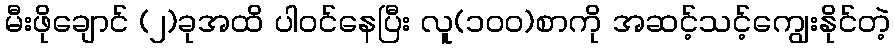
မီးဖိုချောင် (၂)ခုအထိ ပါဝင်နေပြီး လူ(၁၀၀)စာကို အဆင့်သင့်ကျွေးနိုင်တဲ့